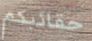
حقائبكم